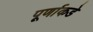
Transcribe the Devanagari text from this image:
पूर्णाकडे